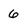
Character: 6